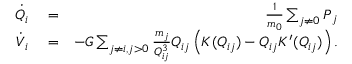
\begin{array} { r l r } { \boldsymbol { \dot { Q } } _ { i } } & { { } = } & { \frac { 1 } { m _ { 0 } } \sum _ { j \ne 0 } \boldsymbol { P } _ { j } } \\ { \boldsymbol { \dot { V } } _ { i } } & { { } = } & { - G \sum _ { j \neq i , j > 0 } \frac { m _ { j } } { Q _ { i j } ^ { 3 } } \v Q _ { i j } \left( K ( Q _ { i j } ) - Q _ { i j } K ^ { \prime } ( Q _ { i j } ) \right) . } \end{array}